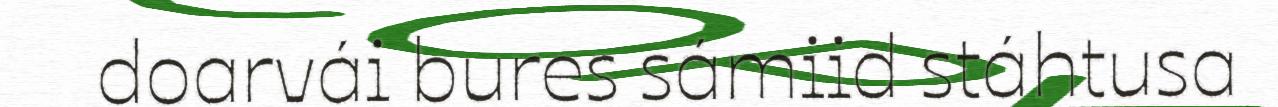
doarvái bures sámiid stáhtusa